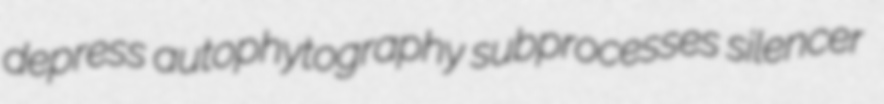
depress autophytography subprocesses silencer